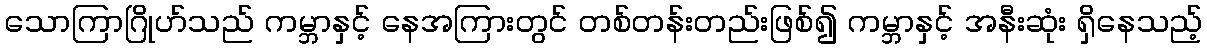
သောကြာဂြိုဟ်သည် ကမ္ဘာနှင့် နေအကြားတွင် တစ်တန်းတည်းဖြစ်၍ ကမ္ဘာနှင့် အနီးဆုံး ရှိနေသည့်